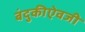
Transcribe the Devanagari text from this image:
बंदुकीऐवजी